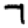
Digit: 7